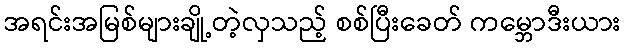
အရင်းအမြစ်များချို့တဲ့လှသည့် စစ်ပြီးခေတ် ကမ္ဘောဒီးယား